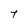
Character: t